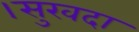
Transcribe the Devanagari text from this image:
।सुखदा